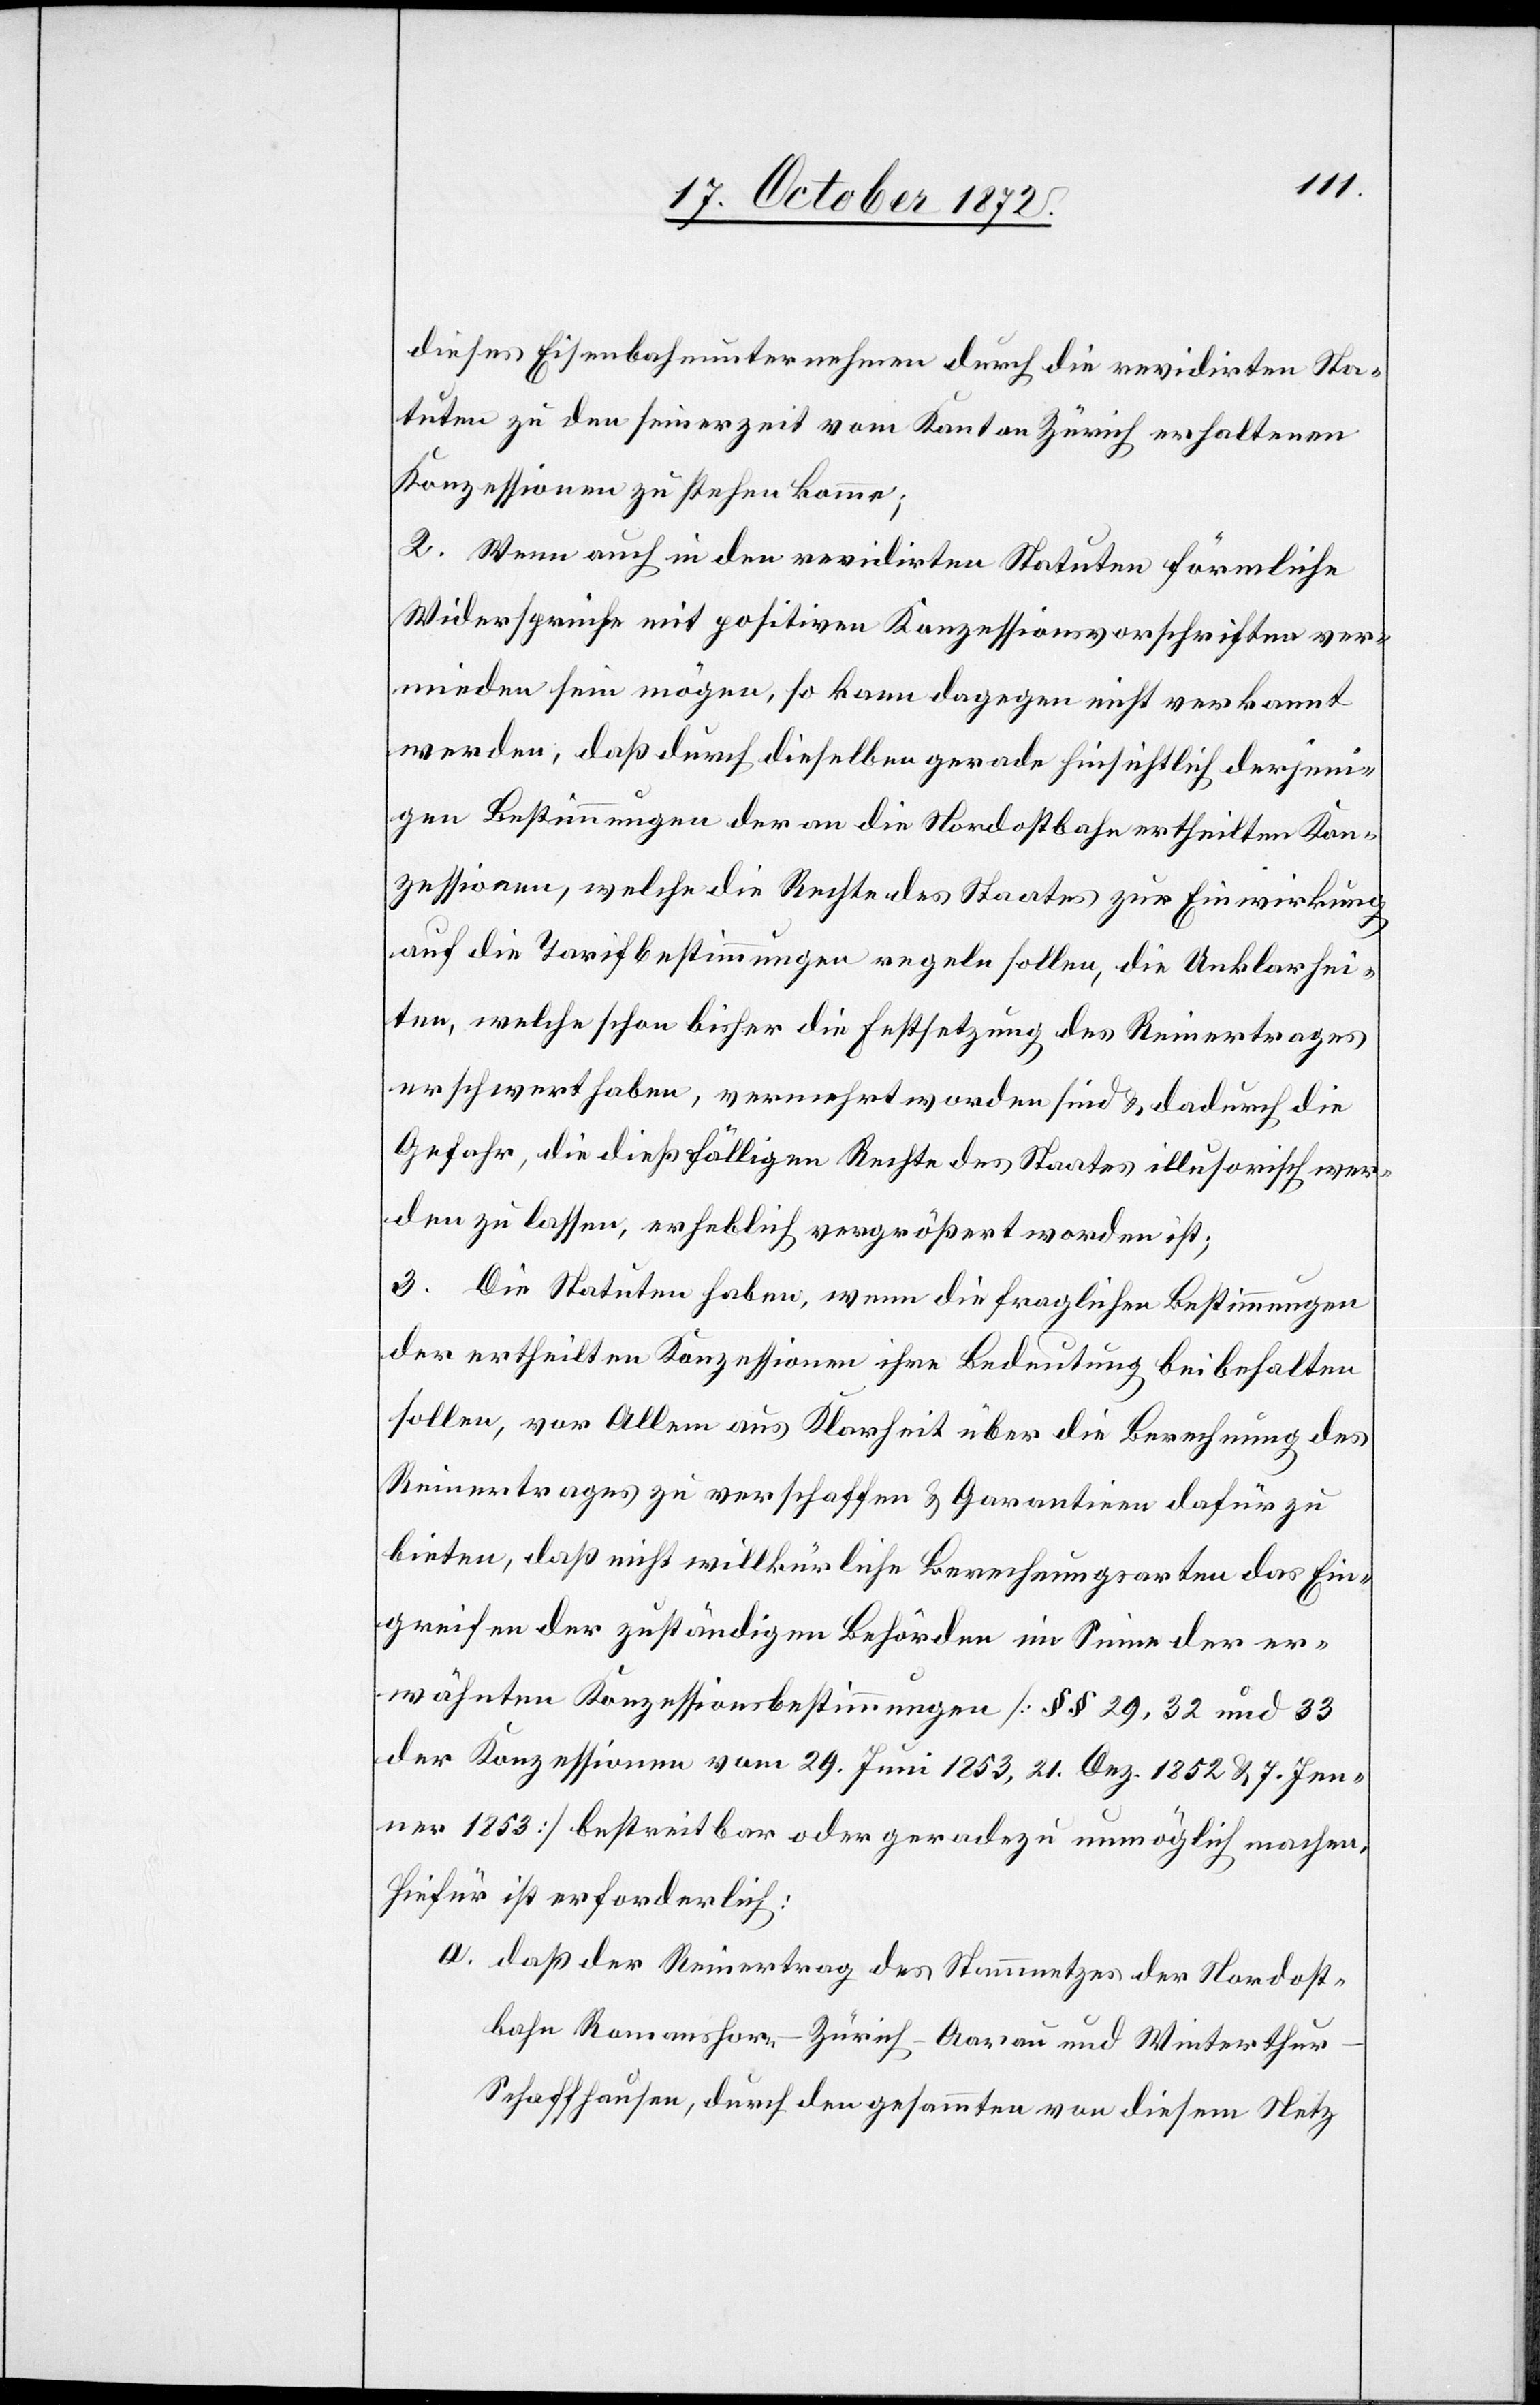
dieses Eisenbahnunternehmen durch die revidierten Sta¬
tuten zu den seinerzeit vom Kanton Zürich erhaltenen
Konzessionen zu stehen komme;
2. Wenn auch in den revidirten Statuten förmliche
Widersprüche mit positiven Konzessionsvorschriften ver¬
mieden sein mögen, so kann dagegen nicht verkannt
werden, daß durch dieselben gerade hinsichtlich derjeni¬
gen Bestimmungen der an die Nordostbahn erhteilten Kon¬
zessionen, welche die Rechte des Staates zur Einwirkung
auf die Tarifbestimmungen regeln sollen, die Unklarhei¬
ten, welche schon bisher die Festsetzung des Reinertrages
erschwert haben, vermehrt worden sind u. dadurch die
Gefahr, die dießfälligen Rechte des Staates illusorisch wer¬
den zu lassen, erheblich vergrößert worden ist;
3. Die Statuten haben, wenn die fraglichen Bestimmungen
der ertheilten Konzessionen ihre Bedeutung beibehalten
sollen, vor Allem aus Klarheit über die Berechnung des
Reinertrages zu verschaffen u. Garantien dafür zu
bieten, daß nicht willkürlichen Behörden im Sinne
erwähnten Konzessionsbestimmungen [§§ 29, 32 und 33
der Konzessionen vom 29. Juni 1853, 21. Dez. 1852 u. 7. Jen¬
ner 1853] bestreitbar oder geradezu unmöglich machen.
Hiefür ist erforderlich:
a. daß der Reinertrag des Stammnetzes der Nordost¬
bahn Romanshorn–Zürich–Aarau und Winterthu¬
r–Schaffhausen, durch den gesammten von diesem Netz